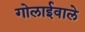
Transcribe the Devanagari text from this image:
गोलाईवाले